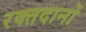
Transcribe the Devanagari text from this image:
रक्तदानों